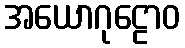
အယောဂုဠောဝ